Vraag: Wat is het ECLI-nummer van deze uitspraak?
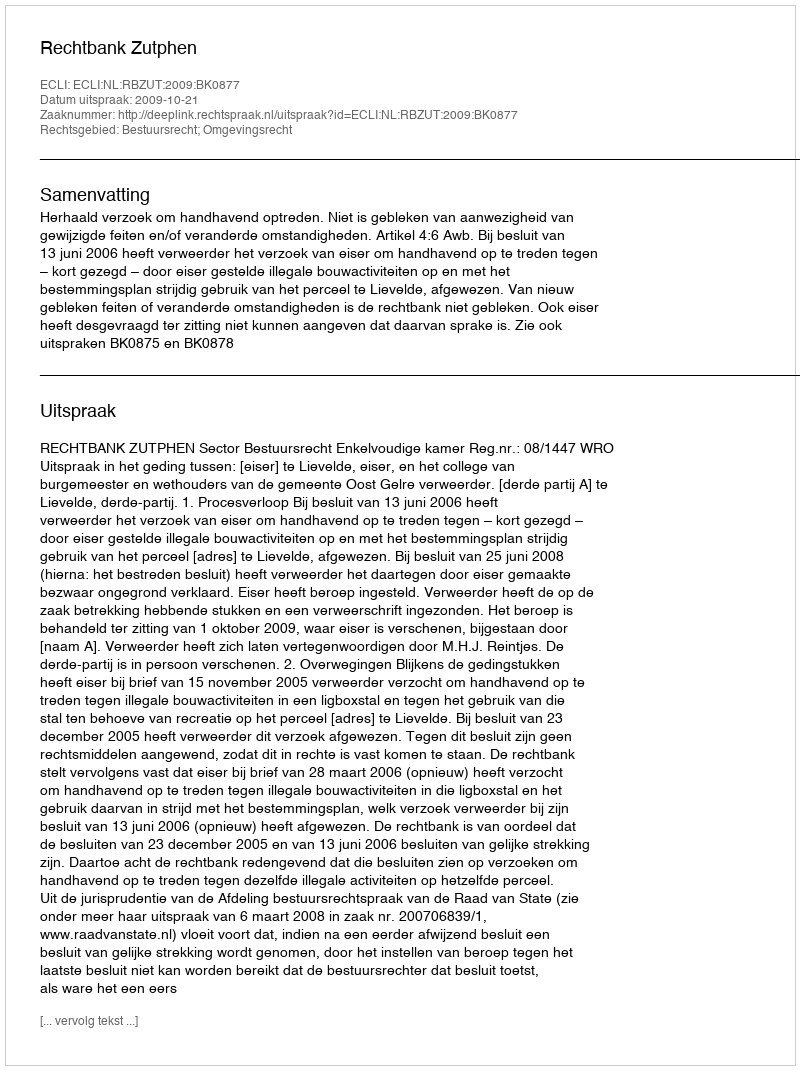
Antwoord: ECLI:NL:RBZUT:2009:BK0877